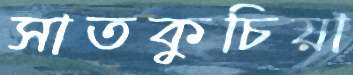
সাতকুচিয়া